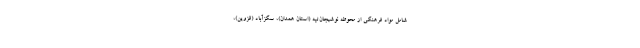
شامل مواد فرهنگی از محوطه نوشیجان‌تپه (استان همدان)، سگزآباد (قزوین)،